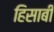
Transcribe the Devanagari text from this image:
हिसाबी